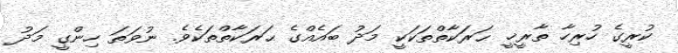
ކުރީގެ ހުރިހާ ތާރީޚީ ޙަރަކާތްތަކަކީ މަދު ބައެއްގެ ޙަރަކާތްތަކެވެ. ނުވަތަ ހިންގީ މަދު